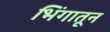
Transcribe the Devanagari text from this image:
भिंगातून